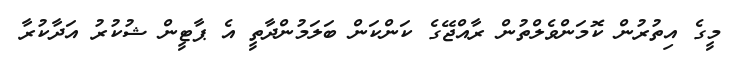
މީގެ އިތުރުން ކޮމަންވެލްތުން ރާއްޖޭގެ ކަންކަން ބަލަމުންދާތީ އެ ޕާޓީން ޝުކުރު އަދާކުރާ